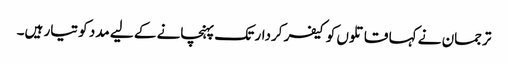
ترجمان نے کہا قاتلوں کو کیفر کردار تک پہنچانے کے لیے مدد کو تیار ہیں۔